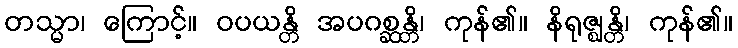
တသ္မာ၊ ကြောင့်။ ဝပယန္တိ အပဂစ္ဆန္တိ၊ ကုန်၏။ နိရုဇ္ဈန္တိ၊ ကုန်၏။